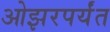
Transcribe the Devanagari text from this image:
ओझरपर्यंत